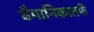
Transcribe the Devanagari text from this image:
वैमानिकातर्फे